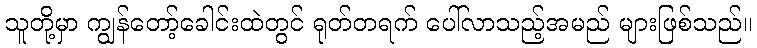
သူတို့မှာ ကျွန်တော့်ခေါင်းထဲတွင် ရုတ်တရက် ပေါ်လာသည့်အမည် များဖြစ်သည်။